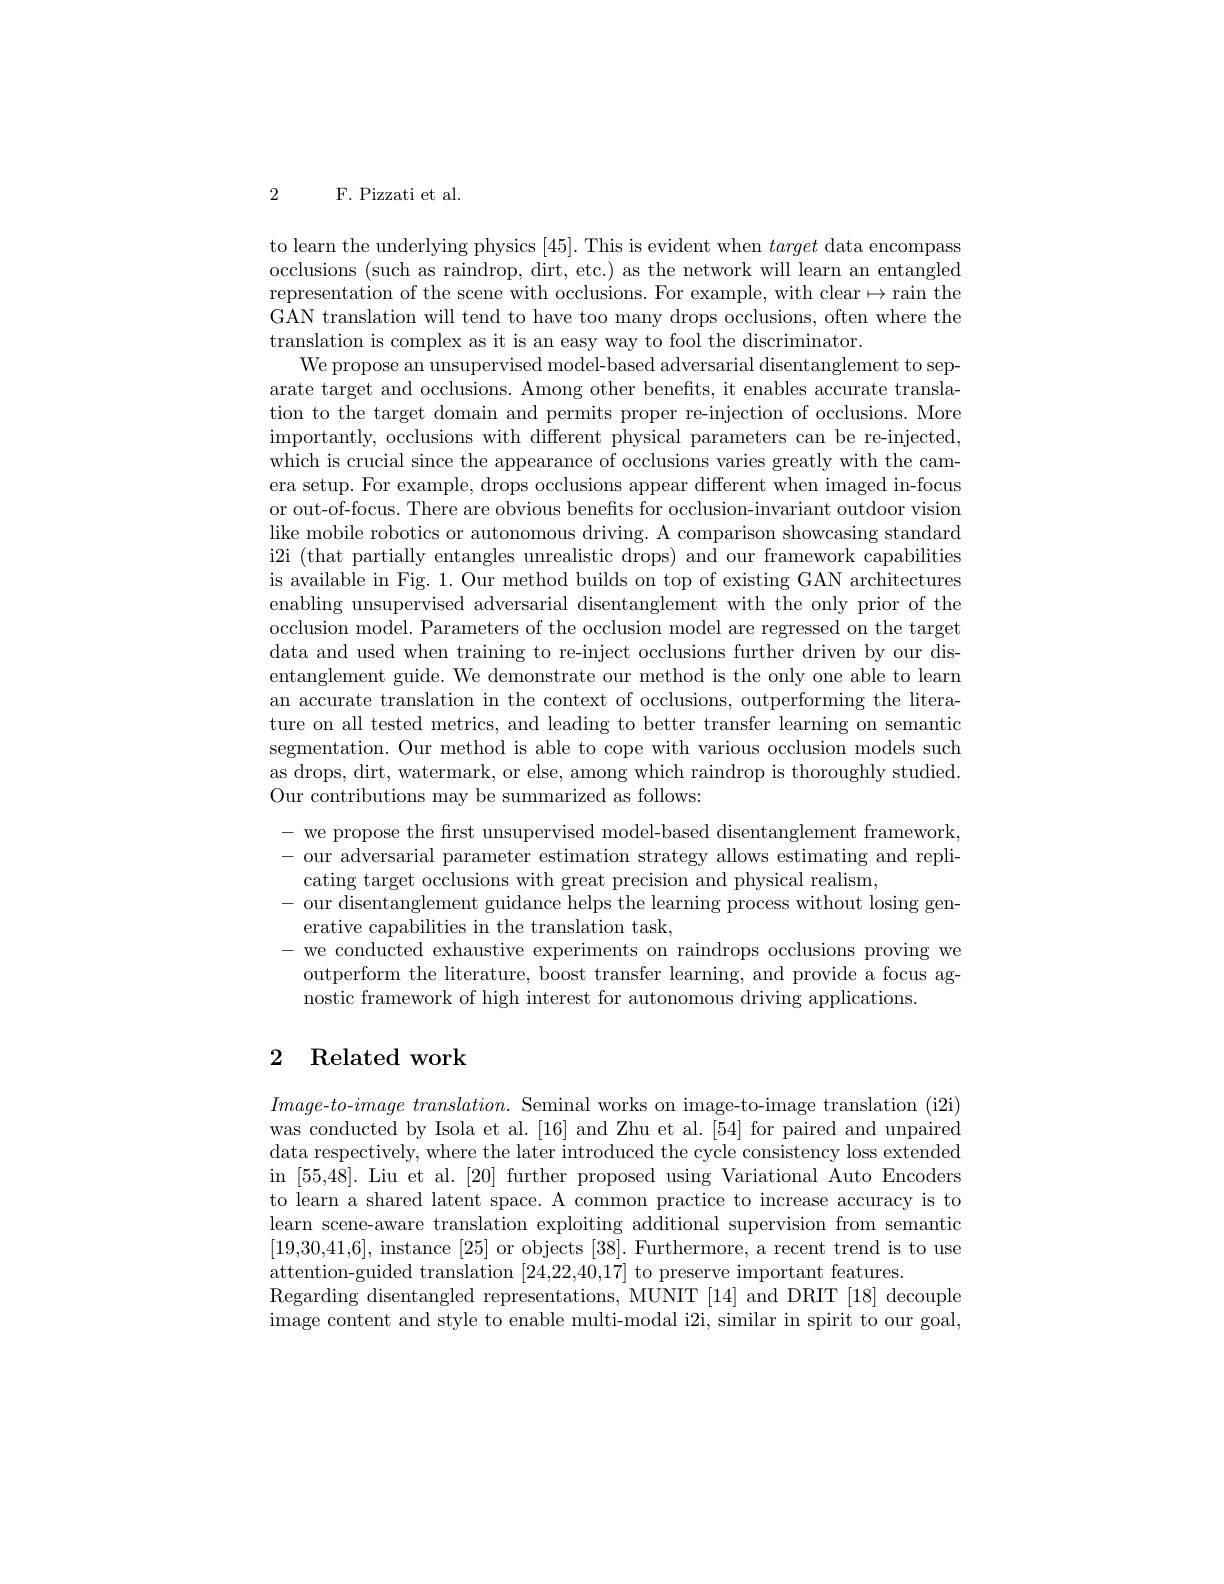
2

F. Pizzati et al.

to learn the underlying physics [45]. This is evident when target data encompass occlusions (such as raindrop, dirt, etc.) as the network will learn an entangled representation of the scene with occlusions. For example, with clear$\mapsto$rain the GAN translation will tend to have too many drops occlusions, often where the translation is complex as it is an easy way to fool the discriminator.
We propose an unsupervised model-based adversarial disentanglement to separate target and occlusions. Among other benefits, it enables accurate translation to the target domain and permits proper re-injection of occlusions. More importantly, occlusions with different physical parameters can be re-injected, which is crucial since the appearance of occlusions varies greatly with the camera setup. For example, drops occlusions appear different when imaged in-focus or out-of-focus. There are obvious benefits for occlusion-invariant outdoor vision like mobile robotics or autonomous driving. A comparison showcasing standard i2i (that partially entangles unrealistic drops) and our framework capabilities is available in Fig. 1. Our method builds on top of existing GAN architectures enabling unsupervised adversarial disentanglement with the only prior of the occlusion model. Parameters of the occlusion model are regressed on the target data and used when training to re-inject occlusions further driven by our disentanglement guide. We demonstrate our method is the only one able to learn an accurate translation in the context of occlusions, outperforming the literature on all tested metrics, and leading to better transfer learning on semantic segmentation. Our method is able to cope with various occlusion models such as drops, dirt, watermark, or else, among which raindrop is thoroughly studied. Our contributions may be summarized as follows:
- we propose the first unsupervised model-based disentanglement framework, - our adversarial parameter estimation strategy allows estimating and repli-
cating target occlusions with great precision and physical realism,
- our disentanglement guidance helps the learning process without losing gen-
erative capabilities in the translation task,
- we conducted exhaustive experiments on raindrops occlusions proving we outperform the literature, boost transfer learning, and provide a focus agnostic framework of high interest for autonomous driving applications.

## 2 Related work

$Image- to- image\textit{ translation. Seminal works on image- to- image translation ( i2i) }$ was conducted by Isola et al. [16] and Zhu et al. [54] for paired and unpaired data respectively, where the later introduced the cycle consistency loss extended in [55,48]. Liu et al. [20] further proposed using Variational Auto Encoders to learn a shared latent space. A common practice to increase accuracy is to learn scene-aware translation exploiting additional supervision from semantic [19,30,41,6], instance [25] or objects [38]. Furthermore, a recent trend is to use attention-guided translation [24,22,40,17] to preserve important features.
Regarding disentangled representations, MUNIT [14] and DRIT [18] decouple image content and style to enable multi- modal i2i, similar in spirit to our goal,